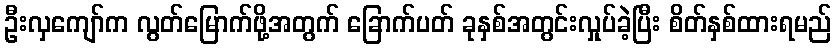
ဦးလှကျော်က လွတ်မြောက်ဖို့အတွက် ခြောက်ပတ် ခုနှစ်အတွင်းလှုပ်ခဲ့ပြီး စိတ်နှစ်ထားရမည်